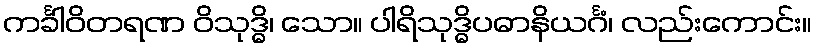
ကင်္ခါဝိတရဏ ဝိသုဒ္ဓိ၊ သော။ ပါရိသုဒ္ဓိပဓာနိယင်္ဂံ၊ လည်းကောင်း။